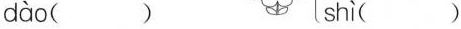
dào( ) shì( )